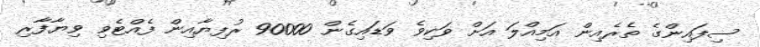
ސިފައިންގެ ތެރެއިން އަމިއްލަ އަށް ވަކިވެ ވަޑައިގެން 90000 ރުފިޔާއިން ފެއްޓެވި ވިޔާފާރި